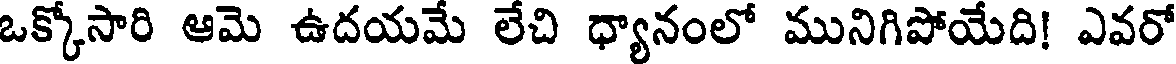
ఒక్కోసారి ఆమె ఉదయమే లేచి ధ్యానంలో మునిగిపోయేది! ఎవరో